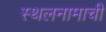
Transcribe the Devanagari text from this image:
स्थलनामाची